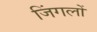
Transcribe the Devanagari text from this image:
जिंगलों